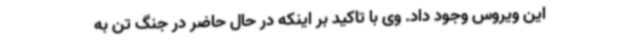
این ویروس وجود داد. وی با تاکید بر اینکه در حال حاضر در جنگ تن به